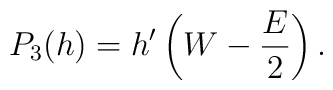
P_3(h)=h'\left(W-\frac{E}{2}\right).